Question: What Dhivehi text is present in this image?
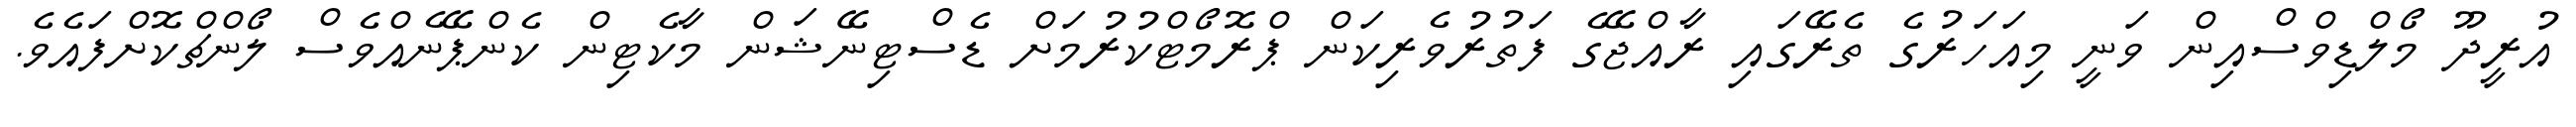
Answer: އުރީދޫ މޯލްޑިވްސްއިން ވަނީ މިއަހަރުގެ ތެރޭގައި ރާއްޖޭގެ ފަތުރުވެރިކަން ޕްރޮމޯޓްކުރުމަށް ޑެސްޓިނޭޝަން މާކެޓިން ކެންޕޭނެއްވެސް ލޯންޗްކޮށްފައެވެ.